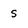
Character: S